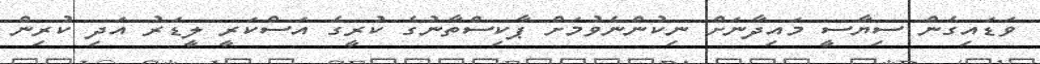
ވަޑައިގެން ސިޔާސީ މައިދާނަށް ނިކުންނެވުމަށް ޕާކިސްތާނުގެ ކުރީގެ އަސްކަރީ ލީޑަރު އަދި ކުރިން